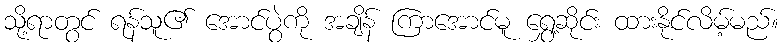
သို့ရာတွင် ရန်သူ၏ အောင်ပွဲကို အချိန် ကြာအောင်မူ ရွှေ့ဆိုင်း ထားနိုင်လိမ့်မည်။